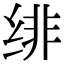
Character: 绯